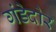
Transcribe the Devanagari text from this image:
गंडेदोर